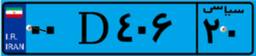
۲۲D۰۴۳۹۵